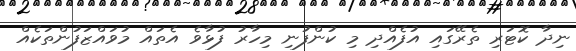
ނިދާ ކޮޓަރި ތެރޭގައި އުފެއްދި މި ކުންފުނި މިހާރު ފުޅާވެ އެތައް މުވައްޒަފުންތަކެއް